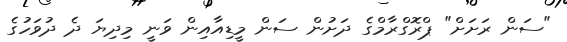
"ސަން ރަށަށް" ޕްރޮގްރާމްގެ ދަށުން ސަން މީޑިއާއިން ވަނީ މިދިޔަ ދެ ދުވަހުގެ